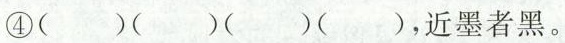
④( )( )( )( )，近墨者黑。